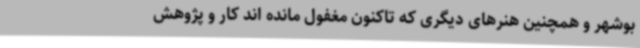
بوشهر و همچنین هنرهای دیگری که تاکنون مغفول مانده اند کار و پژوهش